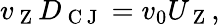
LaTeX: {v_{\mathrm{~Z~}}}D_{\mathrm{~C~J~}}=v_{0}{U_{\mathrm{~Z~}}},